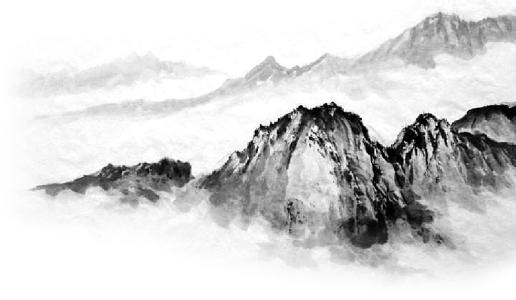
楼船夜雪瓜洲渡，铁马秋风大散关。